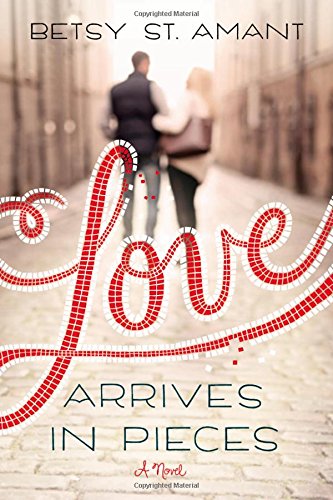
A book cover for Love Arrives in Pieces; Betsy St. Amant; Literature & Fiction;